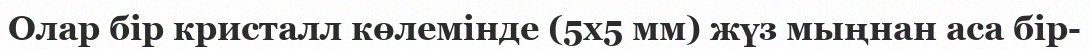
Олар бір кристалл көлемінде (5x5 мм) жүз мыңнан аса бір-